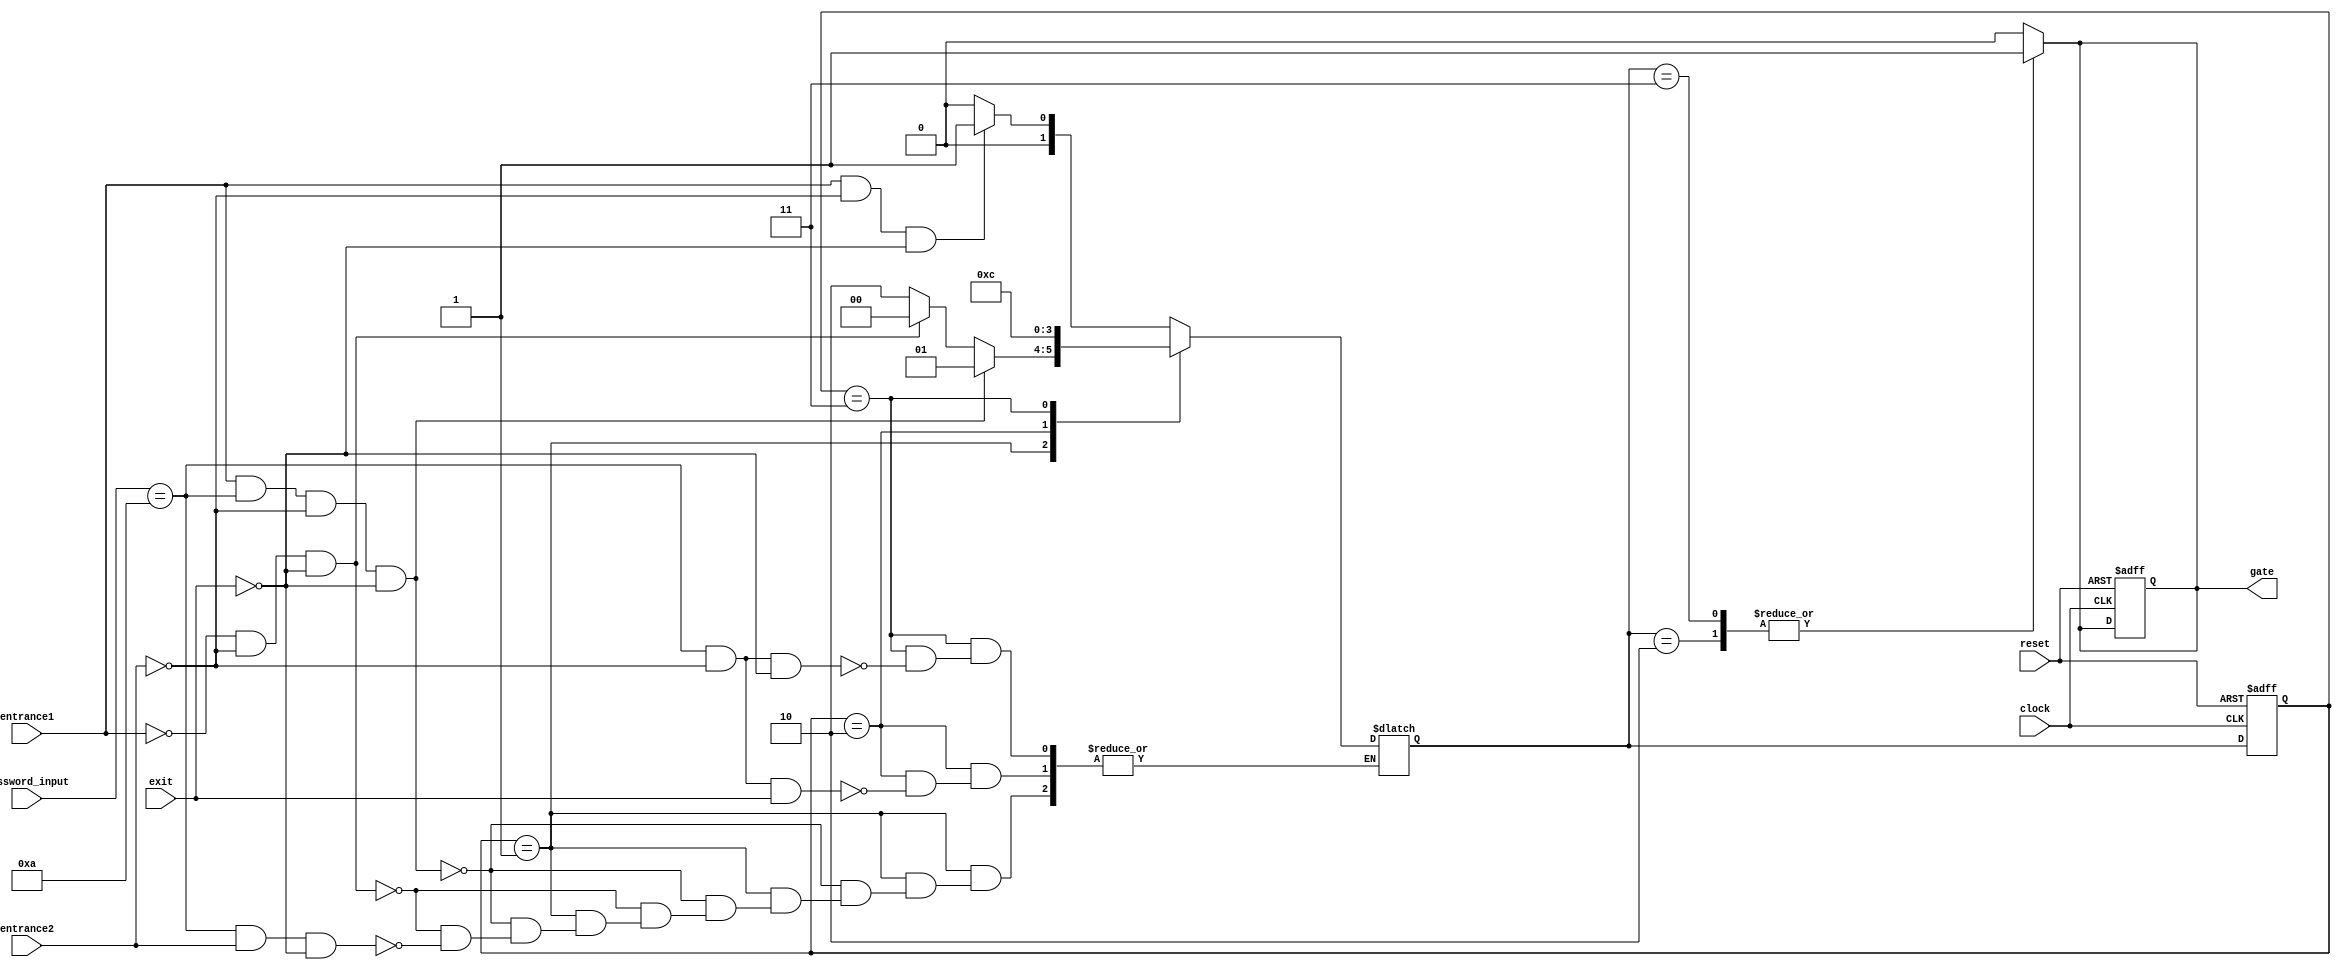
module CarParkingSystem (
  input entrance1,
  input entrance2,
  input exit,
  input clock,
  input reset,
  input [3:0] password_input,
  output reg gate
);

parameter s0 = 2'b00, s1 = 2'b01, s2 = 2'b10, s3 = 2'b11;

reg [1:0] current_state, next_state;

parameter [3:0] correct_password = 4'b1010;

always @(posedge clock or posedge reset) begin
  if (reset) begin
    current_state <= s0;
    gate <= 0;
  end 
  
  else begin
  current_state <= next_state;
  end
end
  
always@(*) begin  
    case (current_state)
      
      s0: begin
        if (entrance1==1 && entrance2==0 && exit==0) 
        	next_state = s1;
        else
        	next_state = s0;
      end
      
      s1: begin
        if (entrance1==1 && password_input==correct_password && entrance2==0 && exit==0) 
        	next_state = s1;
        else if (entrance1==0 && entrance2==0 && exit==0) 
        	next_state = s0;
        else if (password_input==correct_password && entrance2==1 && exit==0) 
		      next_state = s2;
      end
      
      s2: begin
        if (password_input==correct_password && entrance2==0 && exit==1) 
         next_state = s3;
      end
      
      s3: begin
        if (password_input==correct_password && entrance2==0 && exit==0)
        	next_state = s0;
      end
     
      default: 
      	next_state = s0;
    endcase
  end
  
always@(next_state) begin
    case(next_state)
      s2: gate = 1;
      s3: gate = 1;
      default: gate = 0;
    endcase
  end
endmodule